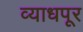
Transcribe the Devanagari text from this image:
व्याधपूर